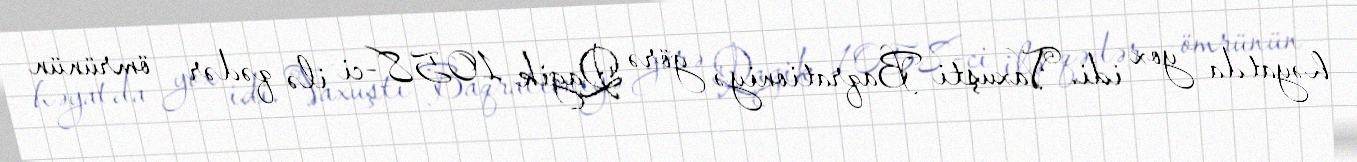
həyatda yox idi. Vaxuşti Baqrationiyə görə Qagik 1058-ci ilə qədər – ömrünün